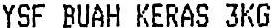
YSF BUAH KERAS 3KG